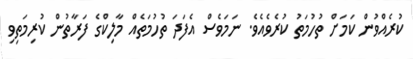
ކުރެއްވުން ކަމަށް ތުހުމަތު ކުރެވެއެވެ. ނަމަވެސް އެފަދަ ތުހުމަތެއް މާލިކްގެ ފަރާތުން ކުރިމަތިވި